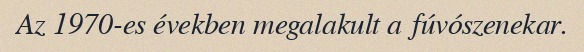
Az 1970-es években megalakult a fúvószenekar.